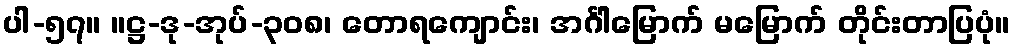
ပါ-၅၇။ ။ဋ္ဌ-ဒု-အုပ်-၃၀၈၊ တောရကျောင်း၊ အင်္ဂါမြောက် မမြောက် တိုင်းတာပြပုံ။